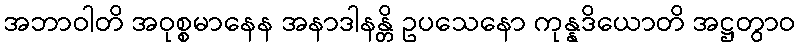
အဘာဝါတိ အဝုစ္စမာနေန အနာဒါနန္တိ ဥပသေနော ကုန္နဒိယောတိ အဋ္ဌတွာဝ